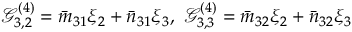
\mathcal { G } _ { 3 , 2 } ^ { ( 4 ) } = \bar { m } _ { 3 1 } \xi _ { 2 } + \bar { n } _ { 3 1 } \xi _ { 3 } , ~ \mathcal { G } _ { 3 , 3 } ^ { ( 4 ) } = \bar { m } _ { 3 2 } \xi _ { 2 } + \bar { n } _ { 3 2 } \xi _ { 3 }